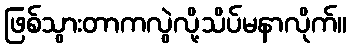
ဖြစ်သွားတာကလွဲလို့သိပ်မနာလိုက်။